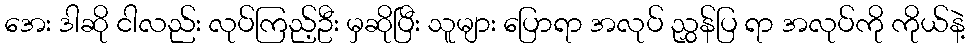
အေး ဒါဆို ငါလည်း လုပ်ကြည့်ဦး မှဆိုပြီး သူများ ပြောရာ အလုပ် ညွှန်ပြ ရာ အလုပ်ကို ကိုယ်နဲ့